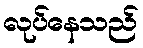
လုပ်နေသည်